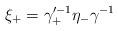
LaTeX: \begin{align*}\xi_+ = \gamma_+^{\prime -1} \eta_- \gamma^{-1}\end{align*}